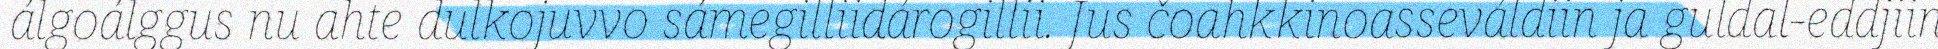
álgoálggus nu ahte dulkojuvvo sámegilliidárogillii. Jus čoahkkinoasseváldiin ja guldal-eddjiin